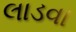
લાડવા